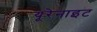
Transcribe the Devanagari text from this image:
यूरेनाइट